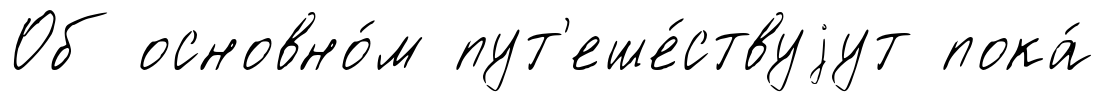
Об основно́м пут'еше́ствуjут пока́